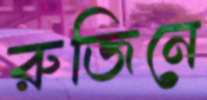
রুজিনে